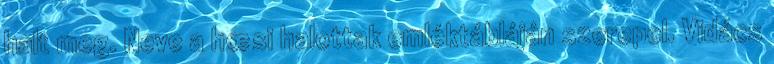
halt meg. Neve a hœsi halottak emléktábláján szerepel. Vidács